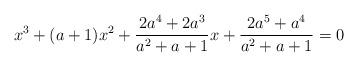
LaTeX: \begin{align*}x^3+(a+1)x^2+\frac{2a^4+2a^3}{a^2+a+1}x+\frac{2a^5+a^4}{a^2+a+1}=0\end{align*}